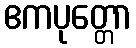
ဧကပုတ္တော